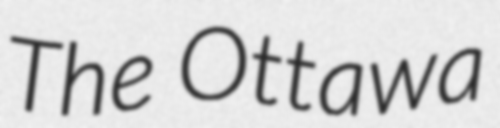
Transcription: The Ottawa